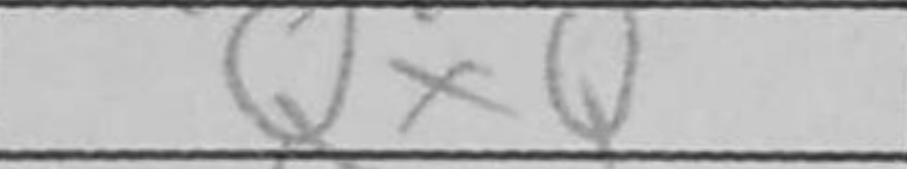
Transcription: QxQ